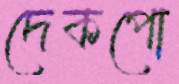
দেকপো